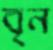
বৃন